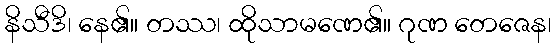
နိသီဒိ၊ နေ၏။ တဿ၊ ထိုသာမဏေ၏။ ဂုဏ တေဇေန၊